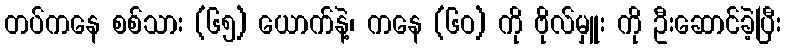
တပ်ကနေ စစ်သား (၆၅) ယောက်နဲ့၊ ကနေ (၆ဝ) ကို ဗိုလ်မှူး ကို ဦးဆောင်ခဲ့ပြီး